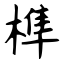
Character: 榫